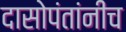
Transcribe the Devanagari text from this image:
दासोपंतांनीच